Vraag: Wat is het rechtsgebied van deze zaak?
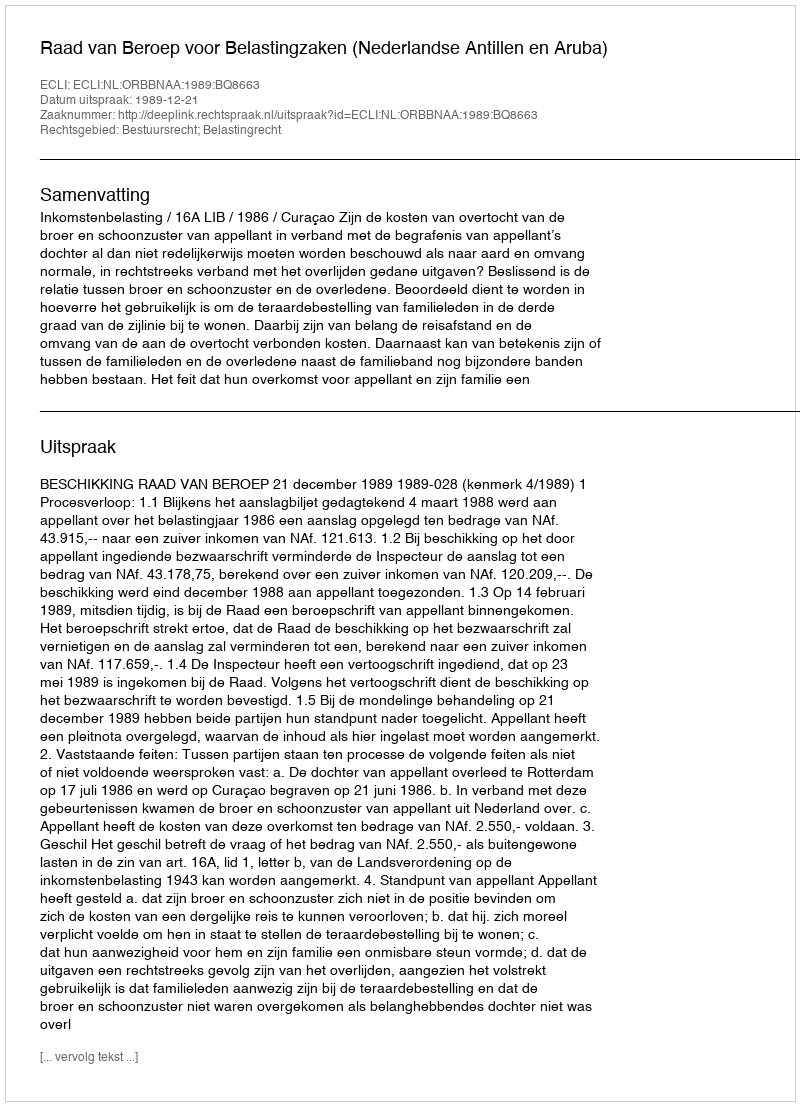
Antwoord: Bestuursrecht; Belastingrecht